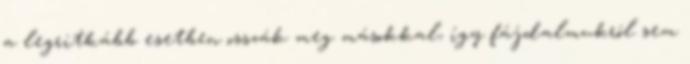
a legritkább esetben osszák meg másokkal, így fájdalmukról sem